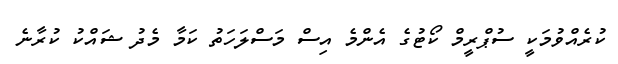
ކުރެއްވުމަކީ ސުޕްރީމް ކޯޓުގެ އެންމެ އިސް މަސްލަހަތު ކަމާ މެދު ޝައްކު ކުރާނެ